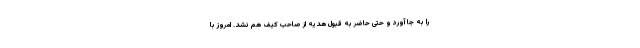
را به جا آورد و حتی حاضر به قبول هدیه از صاحب کیف هم نشد. امروز با